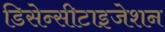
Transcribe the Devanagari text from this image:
डिसेन्सीटाइजेशन